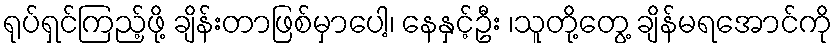
ရုပ်ရှင်ကြည့်ဖို့ ချိန်းတာဖြစ်မှာပေါ့၊ နေနှင့်ဦး ၊သူတို့တွေ့ ချိန်မရအောင်ကို